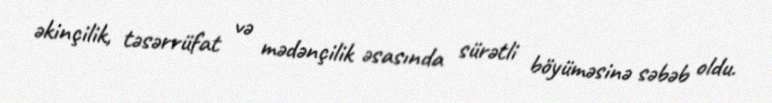
əkinçilik, təsərrüfat və mədənçilik əsasında sürətli böyüməsinə səbəb oldu.